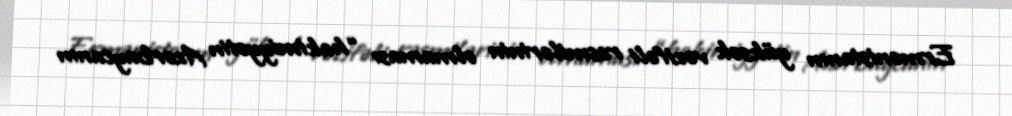
Ermənistanın yüksək vəzifəli rəsmilərinin olmaması “hakimiyyətin Azərbaycanın